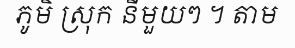
ភូមិ ស្រុក នីមួយៗ ។ តាម